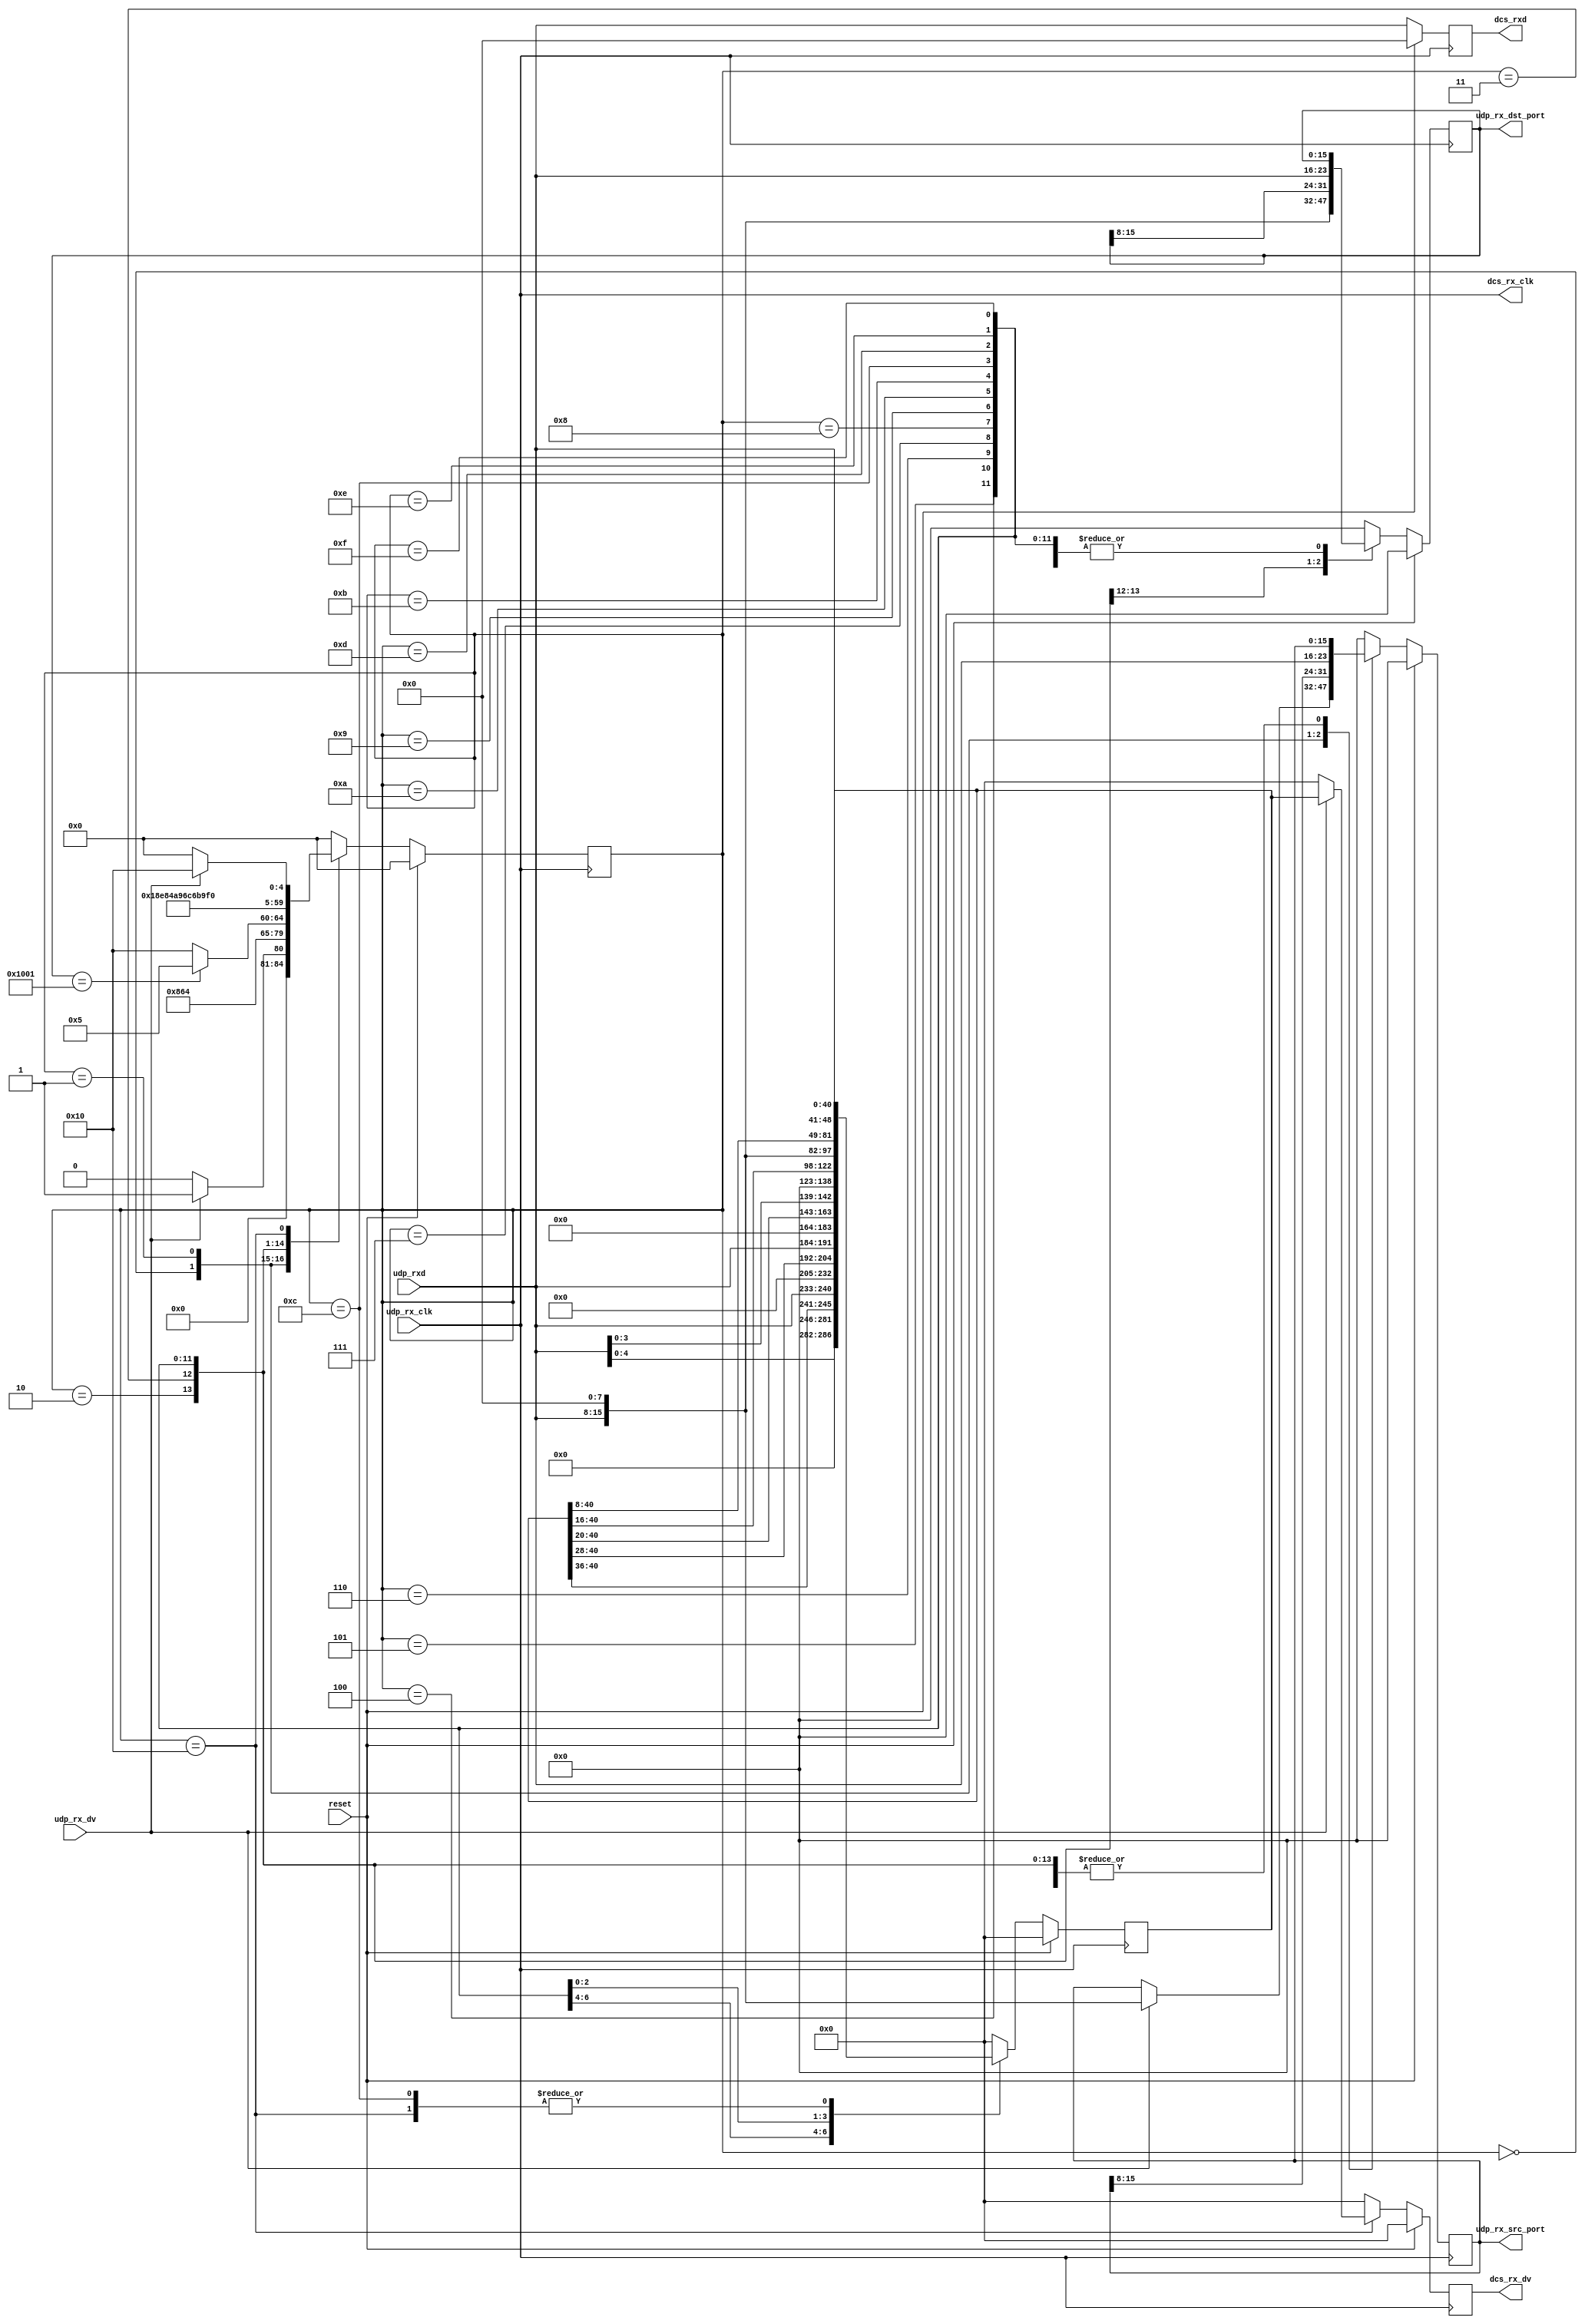
`timescale 1ns / 1ps
`define DLY #1

// ALICE/PHOS SRU
// Equivalent SRU = SRUV3FM2015071611_EMCal
// Fan Zhang. 16 July 2015

module dcs_cmddis #(
	parameter slowcontrol_port = 16'h1001
)
(
      //------------------------------------
		input       			udp_rx_clk,           // Receive clock to client MAC.      
		input [7:0] 			udp_rxd,              // Received Data to client MAC.
		input       			udp_rx_dv,            // Received control signal to client MAC.

		output       			dcs_rx_clk,           // Receive clock to client MAC.      
		output reg [7:0] 		dcs_rxd = 8'h0,       // Received Data to client MAC.
		output reg [40:0]		dcs_rx_dv = 41'h0,            // Received control signal to client MAC.

		output reg [15:0]		udp_rx_dst_port = 16'h1001,
		output reg [15:0]		udp_rx_src_port = 16'h1777,
		
		input 					reset
    );



		reg [40:0] dcs_rx_dv_i = 41'h0;
	
		always @(posedge dcs_rx_clk)
		if(reset)
		begin
			dcs_rxd <= `DLY 8'h0;
		end
		else
		begin
			dcs_rxd <= `DLY udp_rxd;			
		end
			

	 parameter st0 = 0;
	 parameter st1 = 1;
	 parameter st2 = 2;
	 parameter st3 = 3;
	 parameter st4 = 4;
	 parameter st5 = 5;
	 parameter st6 = 6;
	 parameter st7 = 7;
	 parameter st8 = 8;
	 parameter st9 = 9;
	 parameter st10 = 10;
	 parameter st11 = 11;
	 parameter st12 = 12;
	 parameter st13 = 13;
	 parameter st14 = 14;
	 parameter st15 = 15;
	 parameter st16 = 16;

reg [4:0] st = st0;

always @(posedge udp_rx_clk)
if(reset)
begin
dcs_rx_dv <= `DLY  41'h0;
dcs_rx_dv_i <= `DLY  41'h0;
udp_rx_dst_port <= `DLY 16'h0;
udp_rx_src_port <= `DLY 16'h0;

st <= `DLY st0;
end else case(st)
	st0 : begin
	dcs_rx_dv <= 41'h0;
	dcs_rx_dv_i <= `DLY  41'h0;
	udp_rx_dst_port <= udp_rx_dst_port;
	//udp_rx_src_port <= udp_rx_src_port;
	
	if(udp_rx_dv) //byte1
	begin
	udp_rx_src_port <= {udp_rxd,8'h0};
	st <= `DLY st1;
	end
	else
	begin
	udp_rx_src_port <= udp_rx_src_port;
	st <= `DLY st0;
	end
	end
	
	st1 : begin
	dcs_rx_dv <= `DLY  41'h0; //byte2
	dcs_rx_dv_i <= `DLY  41'h0;
	udp_rx_dst_port <= udp_rx_dst_port;
	udp_rx_src_port <= `DLY {udp_rx_src_port[15:8],udp_rxd};
	st <= `DLY st2;
	end
	
	st2 : begin
	dcs_rx_dv <= `DLY  41'h0; //byte3
	dcs_rx_dv_i <= `DLY  41'h0;
	udp_rx_dst_port <= `DLY {udp_rxd,8'h0};
	udp_rx_src_port <= udp_rx_src_port;
	
	st <= `DLY st3;
	end
	
	st3 : begin
	dcs_rx_dv <= `DLY  41'h0; //byte4
	dcs_rx_dv_i <= `DLY  41'h0;
	udp_rx_dst_port <= `DLY {udp_rx_dst_port[15:8],udp_rxd};
	udp_rx_src_port <= udp_rx_src_port;
	
	st <= `DLY st4;
	end
	
	st4 : begin
	dcs_rx_dv <= `DLY  41'h0; //length
	dcs_rx_dv_i <= `DLY  41'h0;
	udp_rx_dst_port <= `DLY udp_rx_dst_port;
	udp_rx_src_port <= udp_rx_src_port;
	
	if(udp_rx_dst_port == slowcontrol_port)
	st <= `DLY st5;
	else
	st <= `DLY st16;
	end
	
	st5 : begin
	dcs_rx_dv <= `DLY  41'h0; //length
	dcs_rx_dv_i <= `DLY  41'h0;
	udp_rx_dst_port <= `DLY udp_rx_dst_port;
	udp_rx_src_port <= udp_rx_src_port;
	
	st <= `DLY st6;
	end
	
	st6 : begin
	dcs_rx_dv <= `DLY  41'h0; //checksum
	dcs_rx_dv_i <= `DLY  41'h0;
	udp_rx_dst_port <= `DLY udp_rx_dst_port;
	udp_rx_src_port <= udp_rx_src_port;
	
	st <= `DLY st7;
	end
	
	st7 : begin
	dcs_rx_dv <= `DLY  41'h0; //checksum
	dcs_rx_dv_i <= `DLY  41'h0;
	udp_rx_dst_port <= `DLY udp_rx_dst_port;
	udp_rx_src_port <= udp_rx_src_port;
	
	st <= `DLY st8;
	end

	st8 : begin
	dcs_rx_dv <= `DLY  41'h0; //cs8
	dcs_rx_dv_i <= `DLY  41'h0;
	udp_rx_dst_port <= `DLY udp_rx_dst_port;
	udp_rx_src_port <= udp_rx_src_port;
	
	st <= `DLY st9;
	end
	
	st9 : begin
	dcs_rx_dv_i <= `DLY  {udp_rxd[4:0],36'h0}; //cs7
	dcs_rx_dv <= `DLY  41'h0;
	udp_rx_dst_port <= `DLY udp_rx_dst_port;
	udp_rx_src_port <= udp_rx_src_port;
	
	st <= `DLY st10;
	end
	
	st10 : begin
	dcs_rx_dv_i <= `DLY  {dcs_rx_dv_i[40:36],udp_rxd,28'h0}; //cs6
	dcs_rx_dv <= `DLY  41'h0;
	udp_rx_dst_port <= `DLY udp_rx_dst_port;
	udp_rx_src_port <= udp_rx_src_port;
	
	st <= `DLY st11;
	end
	
	st11 : begin
	dcs_rx_dv_i <= `DLY  {dcs_rx_dv_i[40:28],udp_rxd,20'h0}; //cs5
	dcs_rx_dv <= `DLY  41'h0;
	udp_rx_dst_port <= `DLY udp_rx_dst_port;
	udp_rx_src_port <= udp_rx_src_port;
	
	st <= `DLY st12;
	end

	st12: begin
	dcs_rx_dv_i <= `DLY  dcs_rx_dv_i; //cs4
	dcs_rx_dv <= `DLY  41'h0;
	udp_rx_dst_port <= `DLY udp_rx_dst_port;
	udp_rx_src_port <= udp_rx_src_port;
	
	st <= `DLY st13;
	end
	
	st13 : begin
	dcs_rx_dv_i <= `DLY  {dcs_rx_dv_i[40:20],udp_rxd[3:0],16'h0}; //cs3
	dcs_rx_dv <= `DLY  41'h0;
	udp_rx_dst_port <= `DLY udp_rx_dst_port;
	udp_rx_src_port <= udp_rx_src_port;
	
	st <= `DLY st14;
	end
	
	st14 : begin
	dcs_rx_dv_i <= `DLY  {dcs_rx_dv_i[40:16],udp_rxd,8'h0}; //cs2
	dcs_rx_dv <= `DLY  41'h0;
	udp_rx_dst_port <= `DLY udp_rx_dst_port;
	udp_rx_src_port <= udp_rx_src_port;
	
	st <= `DLY st15;
	end
	
	st15 : begin
	dcs_rx_dv_i <= `DLY  {dcs_rx_dv_i[40:8],udp_rxd}; //cs1
	dcs_rx_dv <= `DLY  41'h0;
	udp_rx_dst_port <= `DLY udp_rx_dst_port;
	udp_rx_src_port <= udp_rx_src_port;
	
	st <= `DLY st16;
	end

	st16 : begin
	dcs_rx_dv_i <= `DLY  dcs_rx_dv_i; //cs1
	udp_rx_dst_port <= `DLY udp_rx_dst_port;
	udp_rx_src_port <= udp_rx_src_port;
	
	if(udp_rx_dv)
		begin
		st <= `DLY st16;
		dcs_rx_dv <= `DLY  dcs_rx_dv_i;
		end
	else
		begin
		st <= `DLY st0;
		dcs_rx_dv <= `DLY  41'h0;
		end
	end
	
	default : begin
	dcs_rx_dv <= `DLY  41'h0; //cs1
	dcs_rx_dv_i <= `DLY  41'h0;
	udp_rx_dst_port <= `DLY 16'h0;
	udp_rx_src_port <= `DLY 16'h0;
	
	st <= `DLY st0;
	end
	endcase

	assign dcs_rx_clk = udp_rx_clk;

endmodule